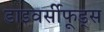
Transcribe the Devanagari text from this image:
डाइवर्सीफूड्स